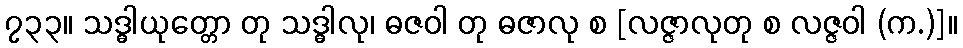
၇၃၃။ သဒ္ဓါယုတ္တော တု သဒ္ဓါလု၊ ဓဇဝါ တု ဓဇာလု စ [လဇ္ဇာလုတု စ လဇ္ဇဝါ (က.)]။